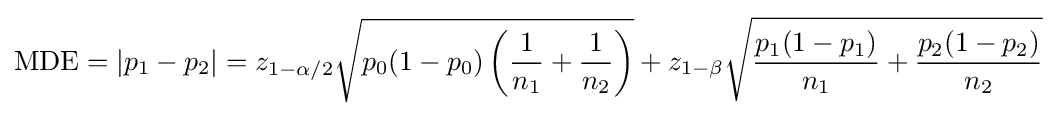
{\text{MDE}}=|p_{1}-p_{2}|=z_{1-\alpha /2}{\sqrt {p_{0}(1-p_{0})\left({\frac {1}{n_{1}}}+{\frac {1}{n_{2}}}\right)}}+z_{1-\beta }{\sqrt {{\frac {p_{1}(1-p_{1})}{n_{1}}}+{\frac {p_{2}(1-p_{2})}{n_{2}}}}}